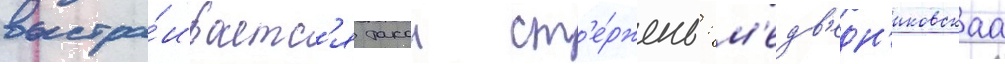
выстра́иваетс'я такои ст'е́ржень: м'едв'едн'иковскаа